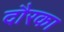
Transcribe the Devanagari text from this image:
दौरका